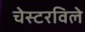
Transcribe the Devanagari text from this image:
चेस्टरविले